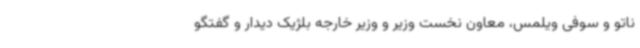
ناتو و سوفی ویلمس، معاون نخست وزیر و وزیر خارجه بلژیک دیدار و گفتگو